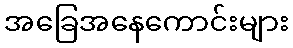
အခြေအနေကောင်းများ